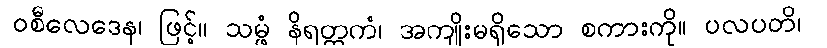
ဝစီလေဒေန၊ ဖြင့်။ သမ္ဖံ နိရတ္ထကံ၊ အကျိုးမရှိသော စကားကို။ ပလပတိ၊